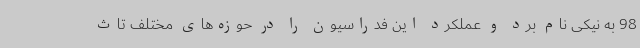
98 به نیکی نام برد و عملکرد این فدراسیون را در حوزه‌های مختلف تاث